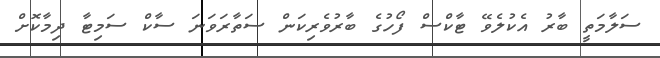
ސަލާމަތީ ބާރު އެކުލެވޭ ޓާކްސް ފޯހުގެ ބާރުވެރިކަން ސަތާރަވަނަ ސާކް ސަމިޓާ ދިމާކޮށް